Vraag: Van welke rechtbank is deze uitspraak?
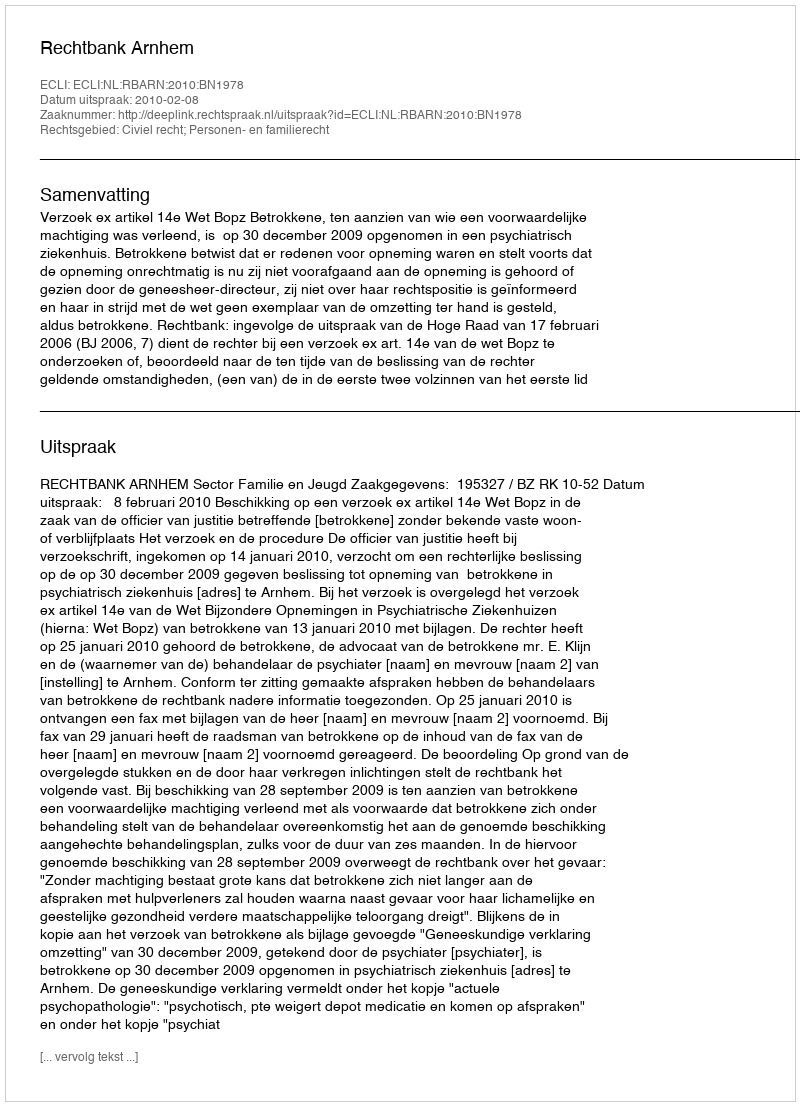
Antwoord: Rechtbank Arnhem